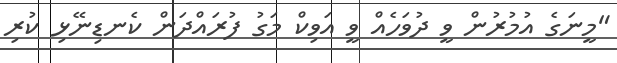
"މީނަގެ އުމުރުން ވީ ދުވަހެއް ވީ އަވިކް މަގު ފުރައްދަން ކެނޑިނޭޅި ކުރި